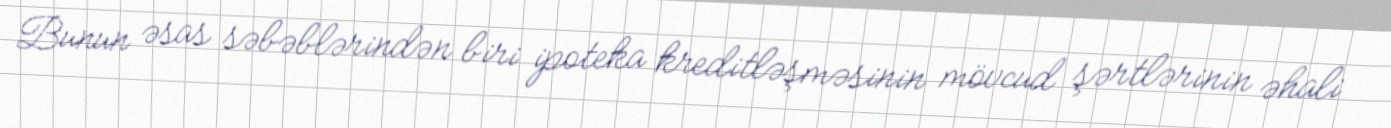
Bunun əsas səbəblərindən biri ipoteka kreditləşməsinin mövcud şərtlərinin əhali